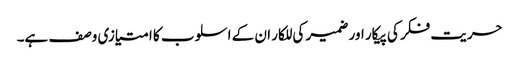
حریت فکر کی پیکار اور ضمیر کی للکار ان کے اسلوب کا امتیازی وصف ہے۔